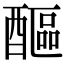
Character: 醧